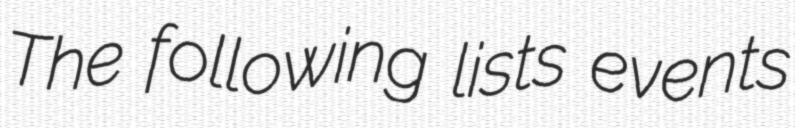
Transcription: The following lists events